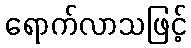
ရောက်လာသဖြင့်